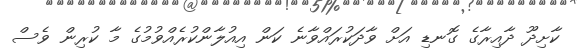
ކާށިދޫ ދާއިރާގެ ގޮނޑި އަށް ވާދަކުރައްވާނެ ކަން އިއުލާންކުރެއްވުމުގެ މާ ކުރިން ވެސް